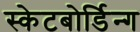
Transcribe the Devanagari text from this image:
स्केटबोर्डिन्ग